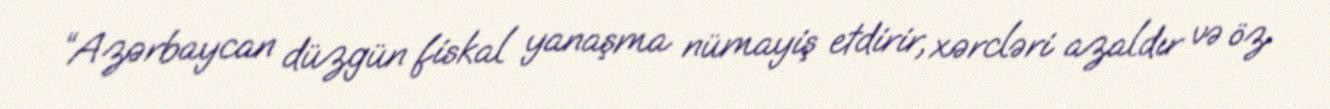
“Azərbaycan düzgün fiskal yanaşma nümayiş etdirir, xərcləri azaldır və öz